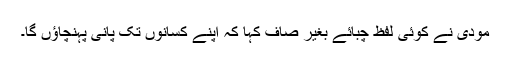
مودی نے کوئی لفظ چبائے بغیر صاف کہا کہ اپنے کسانوں تک پانی پہنچاؤں گا۔